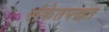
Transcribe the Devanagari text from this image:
संकेतपद्धत